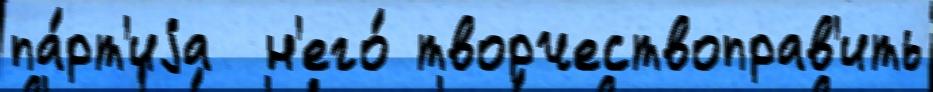
па́рт'иjа  н'его́ творчествоправ'ить